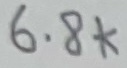
Text: 6.8k